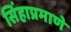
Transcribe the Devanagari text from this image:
सिंहाप्रमाणे